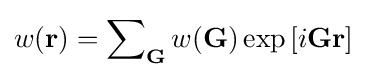
w(\mathbf {r} )=\sum \nolimits _{\mathbf {G} }w(\mathbf {G} )\exp \left[i\mathbf {G} \mathbf {r} \right]